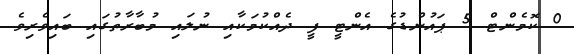
0 ކޮމެންޓް 5 ޕައުންޑުގެ އެންޓީ ފީ ދެއްކުމަކާއި ނުލައި މުބާރާތުގައި ބައިވެރިވެ